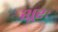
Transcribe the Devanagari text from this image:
शूरः